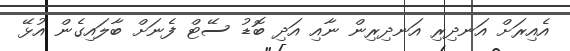
އެއިރަށް އަނދިރި އަނދިރިން ނާއި އަދި ބޮޑު ސޭޓް ފެނަށް ބާލައިގެން އުޅޭ